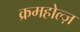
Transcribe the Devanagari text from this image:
क्रमहोल्ज़